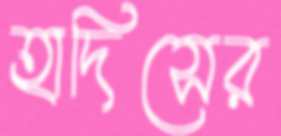
হাদিসের